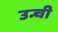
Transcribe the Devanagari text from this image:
उन्ची